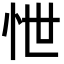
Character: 怈